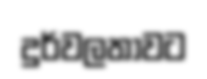
දුර්වලතාවට